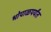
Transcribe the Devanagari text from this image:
भोपाळपर्यंत